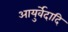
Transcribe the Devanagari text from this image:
आयुर्वेदादि